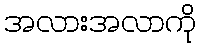
အလားအလာကို